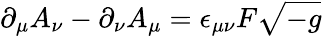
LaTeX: \partial_{\mu}A_{\nu}-\partial_{\nu}A_{\mu}=\epsilon_{\mu\nu}F\sqrt{-g}